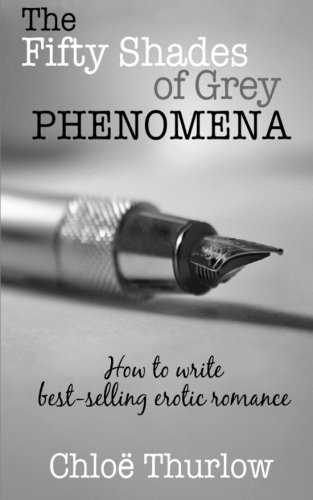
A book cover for The Fifty Shades of Grey Phenomena: How to write best-selling erotic romance; ChloÃ« Thurlow; Romance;